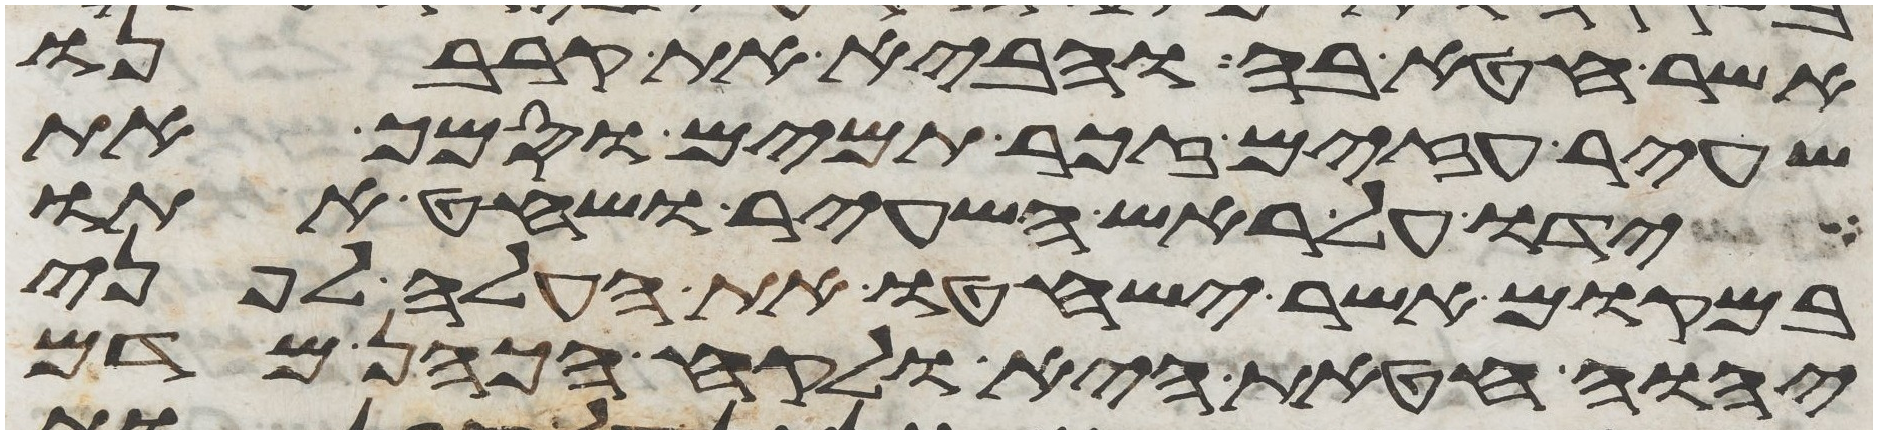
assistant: אשר חטא בה והביא את קרבנו
שעיר עזים זכר תמים וסמך את
ידו על ראש השעיר ושחט אתו
במקום אשר ישחטו את העלה לפני
יהוה חטאת היא ולקח הכהן מדם